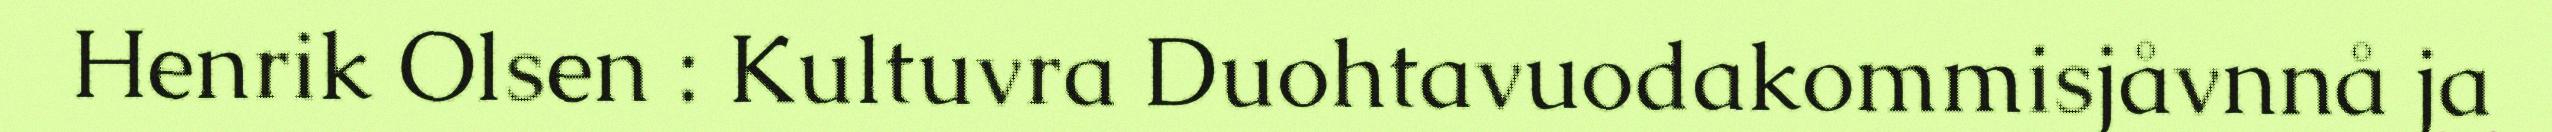
Henrik Olsen : Kultuvra Duohtavuodakommisjåvnnå ja